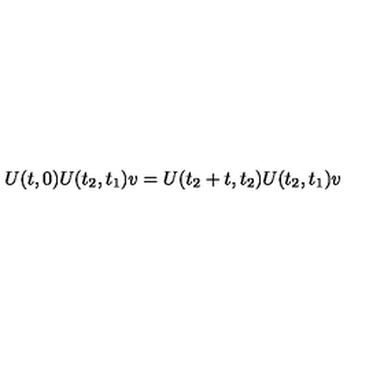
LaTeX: U ( t , 0 ) U ( t _ { 2 } , t _ { 1 } ) v = U ( t _ { 2 } + t , t _ { 2 } ) U ( t _ { 2 } , t _ { 1 } ) v